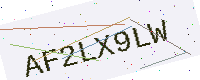
Text: AF2LX9LW